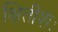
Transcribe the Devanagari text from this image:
क्षितीशः